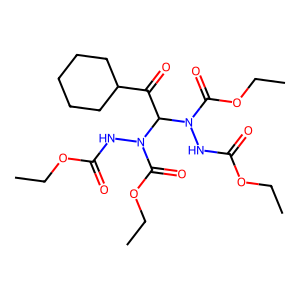
SMILES: CCOC(=O)NN(C(=O)OCC)C(C(=O)C1CCCCC1)N(NC(=O)OCC)C(=O)OCC
Inhibits HIV replication: No